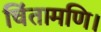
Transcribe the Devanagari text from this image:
चिंतामणि।